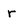
Character: r